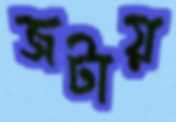
জটায়